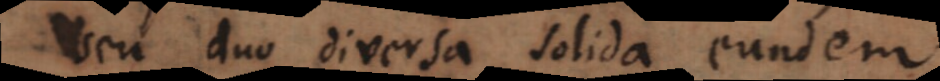
seu duo diversa solida eundem